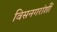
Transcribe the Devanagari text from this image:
विसनगरांशीं